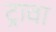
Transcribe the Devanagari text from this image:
ट्रावा